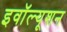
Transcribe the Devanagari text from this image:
इवॉल्यूशन